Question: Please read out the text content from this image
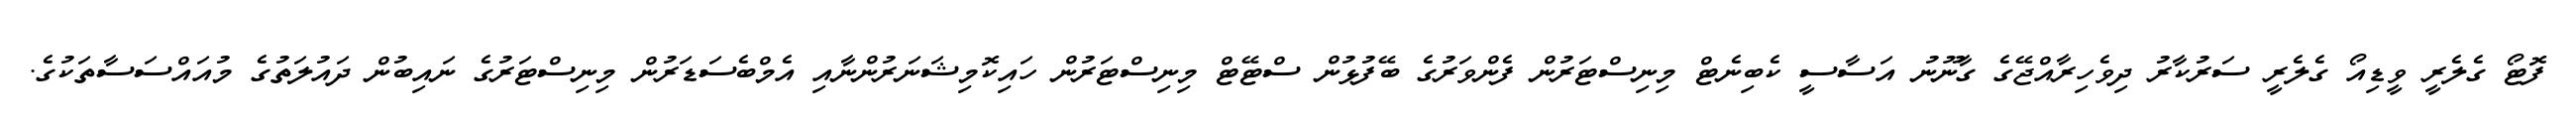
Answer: ފޮޓޯ ގެލެރީ ވީޑިއޯ ގެލެރީ ސަރުކާރު ދިވެހިރާއްޖޭގެ ގާނޫނު އަސާސީ ކެބިނެޓް މިނިސްޓަރުން ފެންވަރުގެ ބޭފުޅުން ސްޓޭޓް މިނިސްޓަރުން ހައިކޮމިޝަނަރުންނާއި އެމްބެސަޑަރުން މިނިސްޓަރުގެ ނައިބުން ދައުލަތުގެ މުއައްސަސާތަކުގެ.